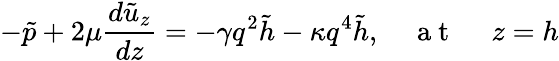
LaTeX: -\tilde{p}+2\mu\frac{d\tilde{u}_{z}}{dz}=-\gamma q^{2}\tilde{h}-\kappa q^{4}\tilde{h},\quad\mathrm{~a~t~\ }\quad z=h